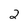
Character: 2